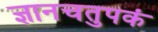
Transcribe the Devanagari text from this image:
ज्ञानचतुपकं